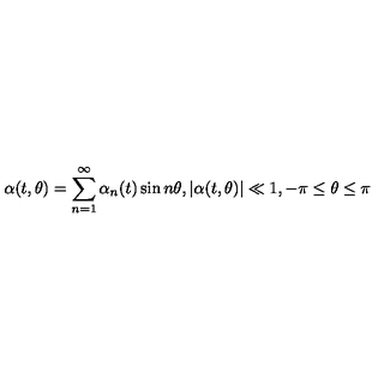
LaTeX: \alpha ( t , \theta ) = \sum _ { n = 1 } ^ { \infty } \alpha _ { n } ( t ) \sin n \theta , | \alpha ( t , \theta ) | \ll 1 , - \pi \leq \theta \leq \pi